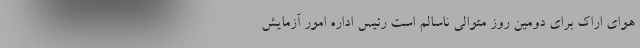
هوای اراک برای دومین روز متوالی ناسالم است رئیس اداره امور آزمایش